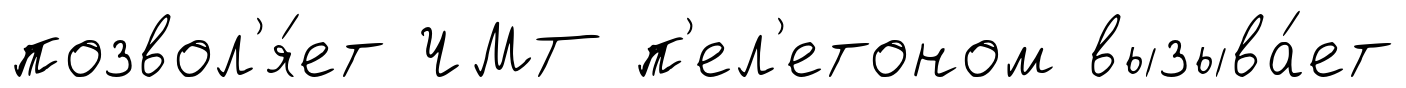
позвол'я́ет ЧМТ п'ел'етоном вызыва́ет